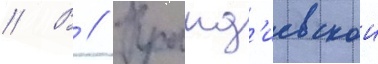
// В // Кранд'иевскои